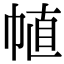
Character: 𢃜